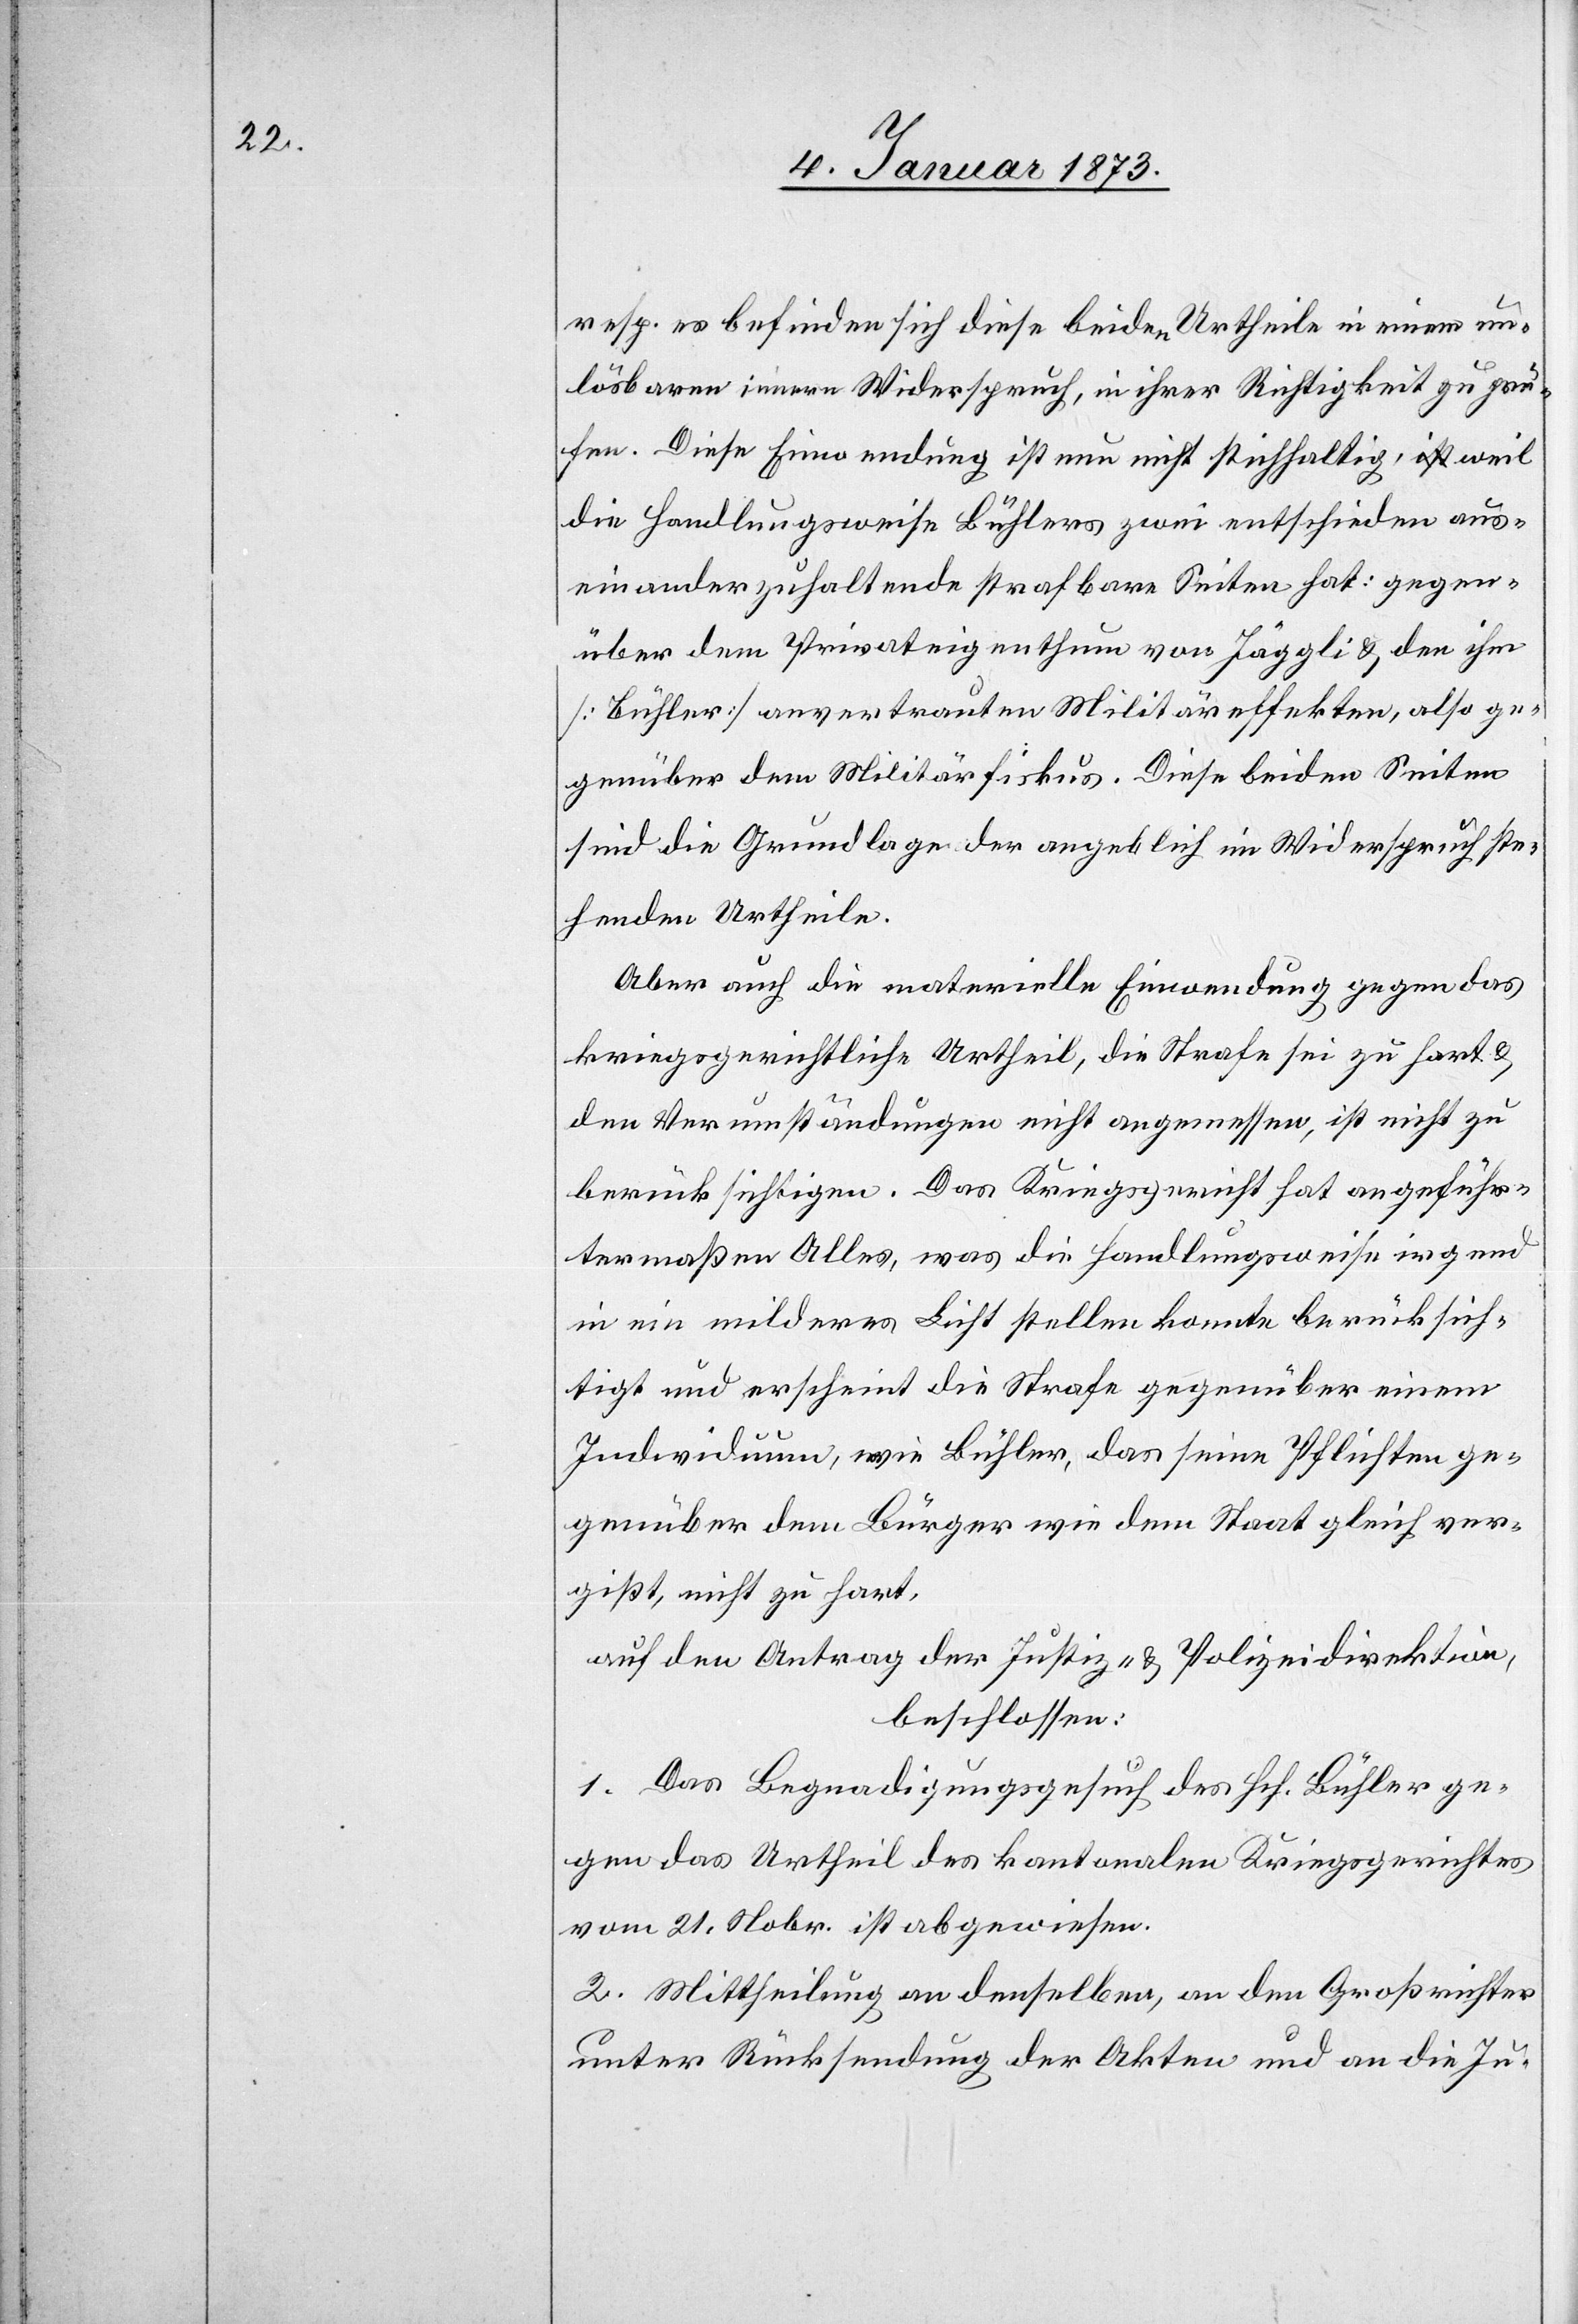
resp. es befinden sich diese beiden Urtheile in einem un¬
lösbaren innern Widerspruch, in ihrer Richtigkeit zu prü¬
fen. Diese Einwendung ist nun nicht stichhaltig, weil
die Handlungsweise Bühlers zwei entschieden aus¬
einanderzuhaltende strafbare Seiten hat: gegen¬
über dem Privateigenthum von Jäggli & den ihm
Bühler anvertrauten Militäreffekten, also ge¬
genüber dem Militärfiskus. Diese beiden Seiten
sind die Grundlage der angeblich in Widerspruch ste¬
henden Urtheile.
Aber auch die materielle Einwendung gegen das
kriegsgerichtliche Urtheil, die Strafe sei zu hart &
den Verumständungen nicht angemessen, ist nicht zu
berücksichtigen. Das Kriegsgericht hat angeführ¬
termaßen Alles, was die Handlungsweise irgend
in ein milderes Licht stellen konnte berücksich¬
tigt und erscheint die Strafe gegenüber einem
Individuum, wie Bühler, das seine Pflichten ge¬
genüber dem Bürger wie dem Staat gleich ver¬
gißt nicht zu hart,
auf den Antrag der Justiz- & Polizeidirektion,
beschlossen:
1. Das Begnadigungsgesuch des Hrh. Bühler ge¬
gen das Urtheil des kantonalen Kriegsgerichtes
vom 21. Nobr. ist abgewiesen.
2. Mittheilung an denselben, an den Großrichter
unter Rücksendung der Akten und an die Ju-